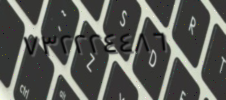
٧٣٢٢٢٤٤٨٦